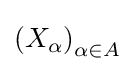
\left(X_{\alpha }\right)_{\alpha \in A}